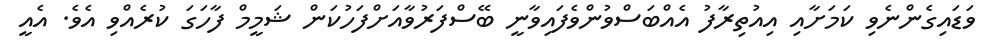
ވަޑައިގެންނެވި ކަމަށާއި އިއުތިރާފު އެއްބަސްވުންވެފައިވާނީ ބޭސްފަރުވާއަށްފަހުކަން ޝަމީމް ފާހަގަ ކުރެއްވި އެވެ. އެެއީ